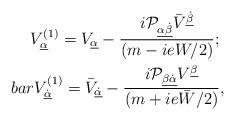
LaTeX: \begin{align*}{\displaystyle V^{(1)}_{\underline\alpha}=V_{\underline\alpha}-\frac{i{\cal P}_{\underline{\alpha\dot\beta}}\bar V^{\underline{\dot\beta}}}{(m-ieW/2)};\ \\bar V^{(1)}_{\underline{\dot\alpha}}=\bar V_{\underline{\dot\alpha}}-\frac{i{\cal P}_{\underline{\beta\dot\alpha}}V^{\underline\beta}}{(m+ie\bar W/2)},}\end{align*}